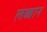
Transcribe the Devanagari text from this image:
लब्बान